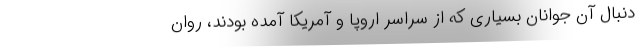
دنبال آن جوانان بسیاری که از سراسر اروپا و آمریکا آمده بودند، روان